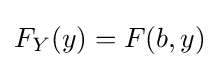
F_{Y}(y)=F(b,y)